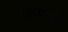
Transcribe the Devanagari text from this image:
रेलयार्ड